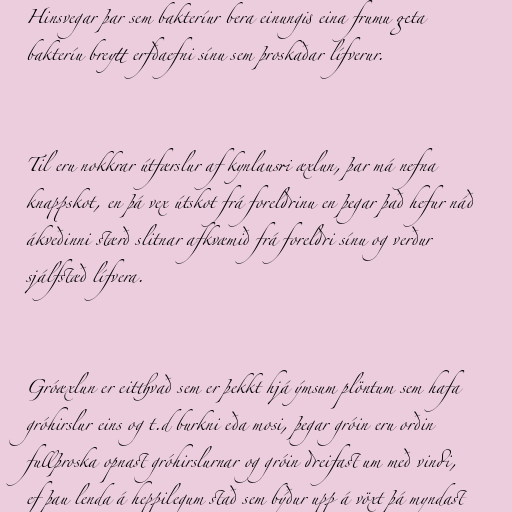
Hinsvegar þar sem bakteríur bera einungis eina frumu geta
bakteríu breytt erfðaefni sínu sem þroskaðar lífverur.

Til eru nokkrar útfærslur af kynlausri æxlun, þar má nefna
knappskot, en þá vex útskot frá foreldrinu en þegar það hefur náð
ákveðinni stærð slitnar afkvæmið frá foreldri sínu og verður
sjálfstæð lífvera.

Gróæxlun er eitthvað sem er þekkt hjá ýmsum plöntum sem hafa
gróhirslur eins og t.d burkni eða mosi, þegar gróin eru orðin
fullþroska opnast gróhirslurnar og gróin dreifast um með vindi,
ef þau lenda á heppilegum stað sem býður upp á vöxt þá myndast